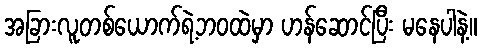
အခြားလူတစ်ယောက်ရဲ့ဘဝထဲမှာ ဟန်ဆောင်ပြီး မနေပါနဲ့။